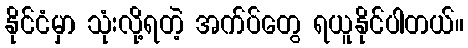
နိုင်ငံမှာ သုံးလို့ရတဲ့ အက်ပ်တွေ ရယူနိုင်ပါတယ်။